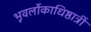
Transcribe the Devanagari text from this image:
भूवर्लोकाधिष्ठात्रीं